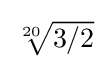
{\textstyle {\sqrt[{20}]{3/2}}}